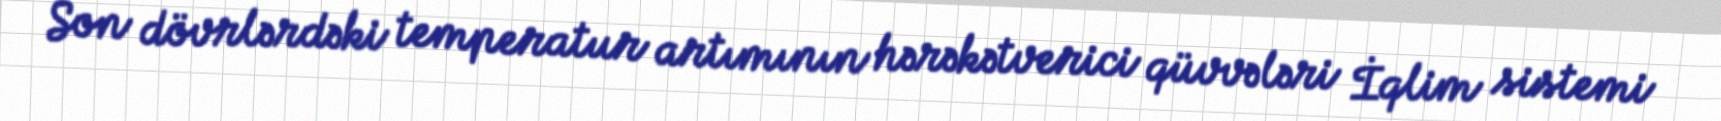
Son dövrlərdəki temperatur artımının hərəkətverici qüvvələri İqlim sistemi